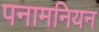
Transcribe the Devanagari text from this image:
पनामनियन